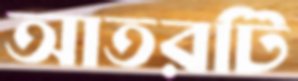
আতরটি